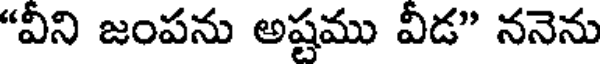
"వీని జంపను అష్టము వీడ" ననెను